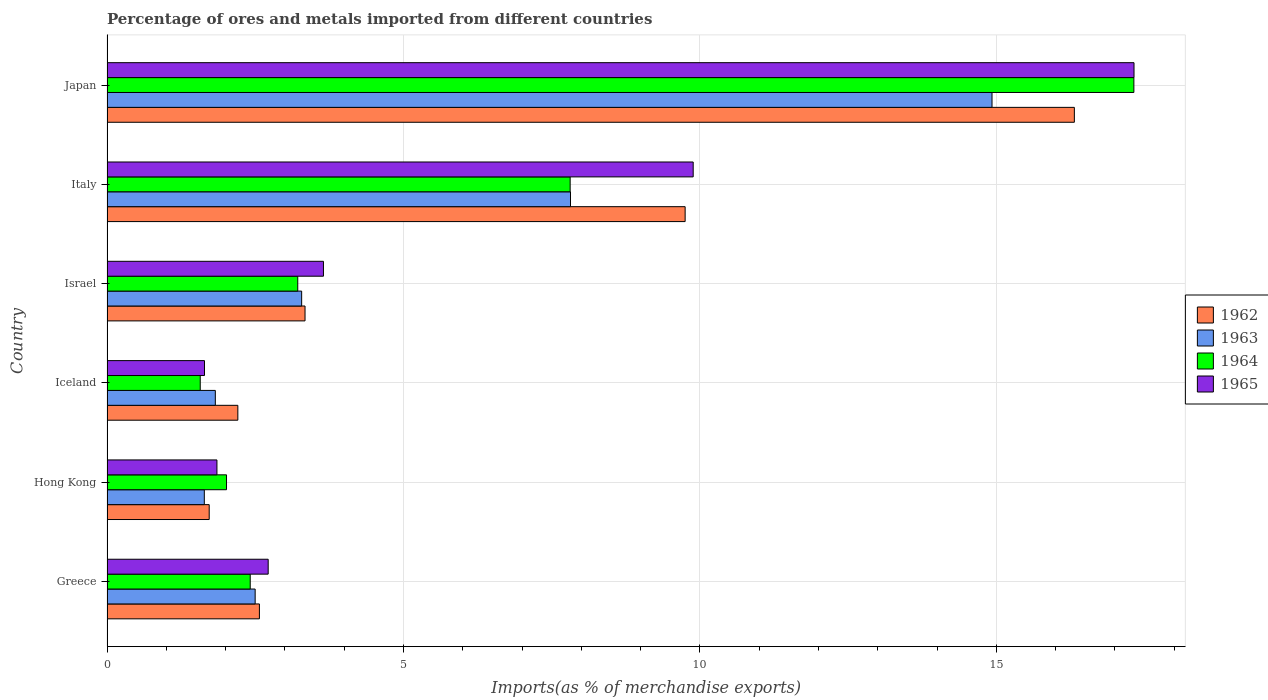
| Country | 1962 | 1963 | 1964 | 1965 |
 | --- | --- | --- | --- | --- |
 | Greece | 2.57 | 2.5 | 2.42 | 2.72 |
 | Hong Kong | 1.72 | 1.64 | 2.02 | 1.85 |
 | Iceland | 2.21 | 1.83 | 1.57 | 1.64 |
 | Israel | 3.34 | 3.28 | 3.22 | 3.65 |
 | Italy | 9.75 | 7.82 | 7.81 | 9.89 |
 | Japan | 16.3 | 14.9 | 17.3 | 17.3 |